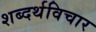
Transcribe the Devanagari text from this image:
शब्दर्थविचार